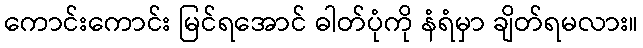
ကောင်းကောင်း မြင်ရအောင် ဓါတ်ပုံကို နံရံမှာ ချိတ်ရမလား။